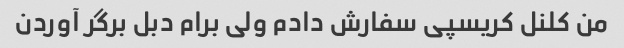
من کلنل کریسپی سفارش دادم ولی برام دبل برگر آوردن